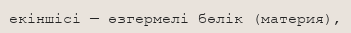
екіншісі — өзгермелі бөлік (материя),